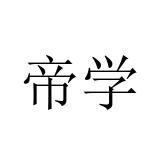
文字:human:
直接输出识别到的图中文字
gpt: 帝学